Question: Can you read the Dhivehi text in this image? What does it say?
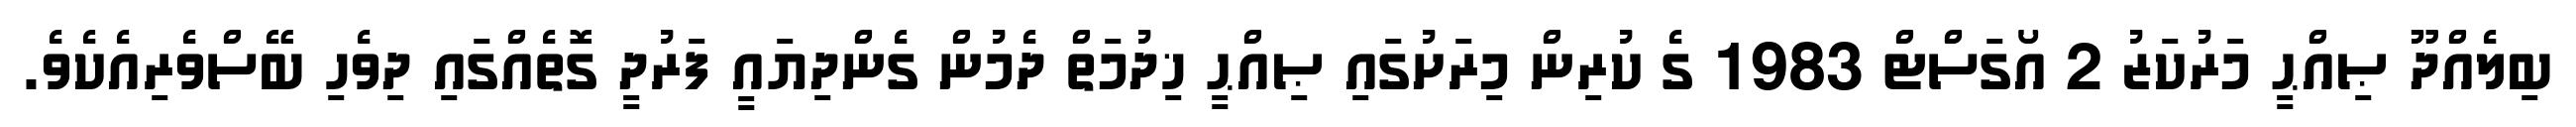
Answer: ބިލެއްދޫ ޞިއްޙީ މަރުކަޒު 2 އޯގަސްޓް 1983 ގެ ކުރިން މިރަށުގައި ޞިއްޙީ ޚިދުމަތް ދެމުން ގެންދިޔައީ ފަރުދީ ގޮތެއްގައި ދިވެހި ބޭސްވެރިއެކެވެ.